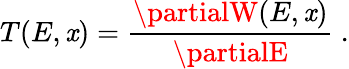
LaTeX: T(E,\mathit{x})={\frac{{\partialW(E,\mathit{x})}}{{\partialE}}}\ .